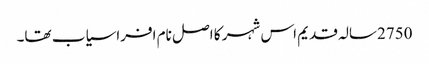
2750سالہ قدیم اس شہر کا اصل نام افراسیاب تھا۔